Source: Handwritten
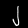
Digit: ၂ (2)